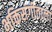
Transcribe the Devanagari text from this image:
भक्तिसंगीताला